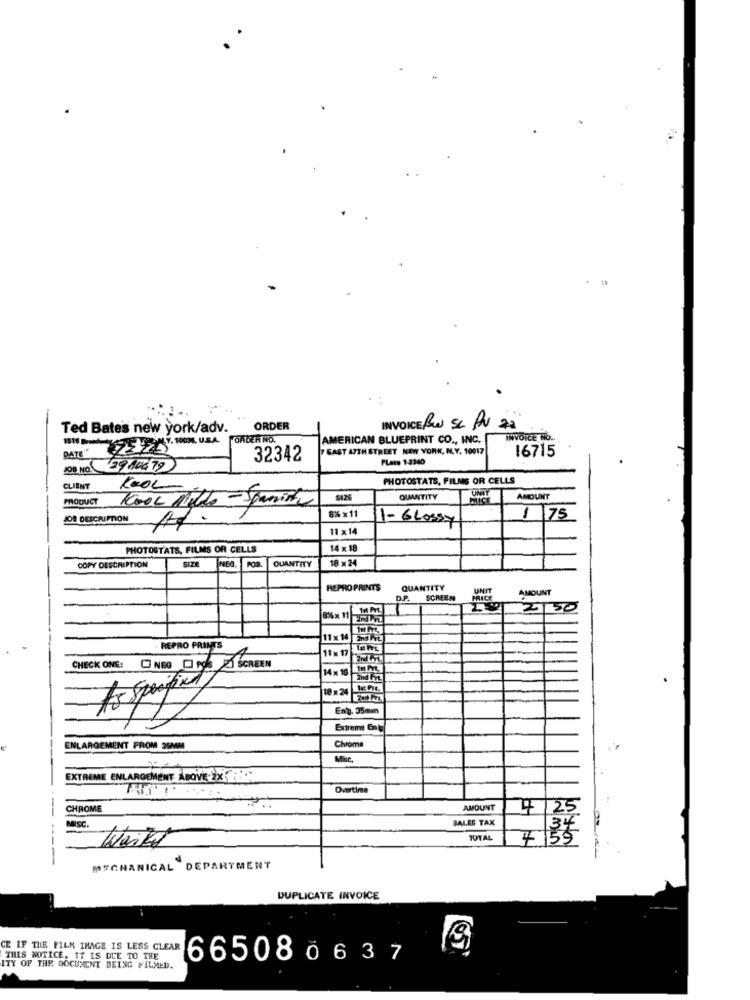
.:
...
Ted Bate's new york/adv.
ORDER
INVOICE PRO SC AN 72
ORDER NO.
AMERICAN BLUEPRINT CO ., INC.
INVOICE NO ..
18:10 Bombe -. . USA
DATE
GAST 47TH STREET NEW YORK, N.Y. 10017
16715
32342
Plans 1-2340
(29 106/79)
PHOTOSTATS, FILMS OR CELLS
CLIENT
KOOL
PRODUCT
Kool Miles - Spanish
QUANTITY
AMOUNT
JOB DESCRIPTION
8% x 11
1 75
11×14
11-Glossy
PHOTOSTATS, FILMS OR CELLS
14 x 18
SIZE
18 x 24
COPY DESCRIPTION
QUANTITY
REPRO PRINTS
QUANTITY
UNIT
AMOUNT
D.P.
SCREEN
PRICE
Mm
2150
11x 14 273
REPRO PRINTS
11× 17
CHECK ONE: NEGROEZ SCREEN
14× 18 1009
to Specified
10 ×24
Eng. 35mm
Extremt Enla
Chrome
ENLARGEMENT FROM 35MM
MBc.
EXTREME ENLARGEMENT ABOVE.2X
Overtime
CHROME
AMOUNT
SALES TAX
4 .25
MISC.
Waitt
10TAL
7 55
--- ---
MECHANICAL DEPARTMENT
DUPLICATE INVOICE
CE IF THE FILM IMAGE IS LESS CLEAR
THIS NOTICE, IT IS DUE TO THE
665080637
ITY OF THE DOCUMENT BEING FILMED.